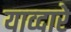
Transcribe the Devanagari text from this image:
याव्दारे